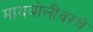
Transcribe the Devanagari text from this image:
मायबोलीवरचे